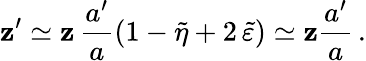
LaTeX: \mathbf{z}^{\prime}\simeq\mathbf{z}\, \frac{{a^{\prime}}}{{a}}\left(1-\tilde{{\eta}}+2\, \tilde{{\varepsilon}}\right)\simeq\mathbf{z}\frac{{a^{\prime}}}{{a}}\, .